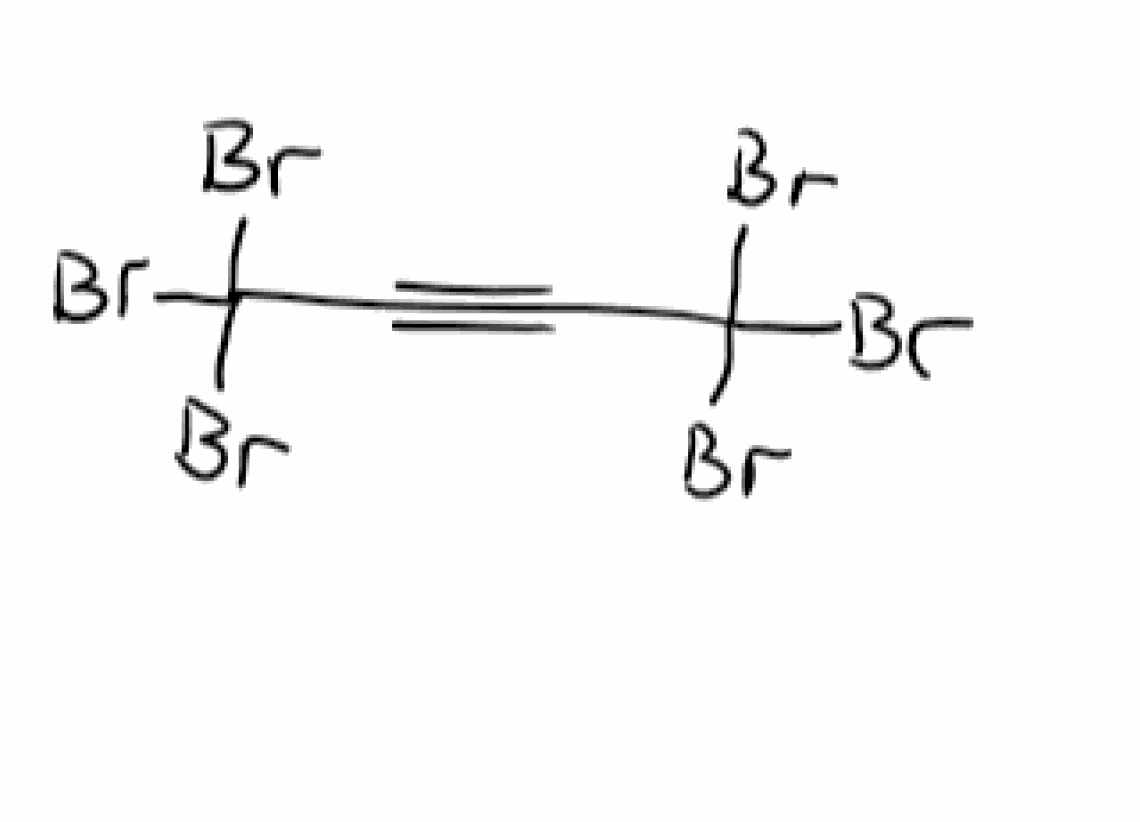
Simplified molecular-input line-entry system (SMILES) notation of the given molecule:
C(#CC(Br)(Br)Br)C(Br)(Br)Br